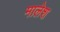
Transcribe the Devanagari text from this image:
मालेश